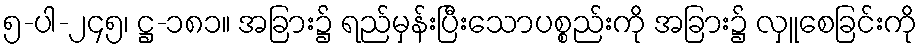
၅-ပါ-၂၄၅၊ ဋ္ဌ-၁၈၁။ အခြား၌ ရည်မှန်းပြီးသောပစ္စည်းကို အခြား၌ လှူစေခြင်းကို